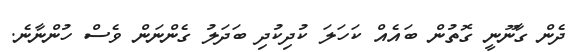
ދެން ގާނޫނީ ގޮތުން ބައެއް ކަހަލަ ކުދިކުދި ބަދަލު ގެންނަން ވެސް ހުންނާނެ.